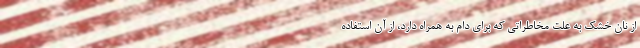
از نان خشک به علت مخاطراتی که برای دام به همراه دارد، از آن استفاده